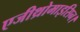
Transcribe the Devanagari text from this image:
एजीथ्रोमाइसिन।